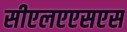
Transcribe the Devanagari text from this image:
सीएलएएसएस